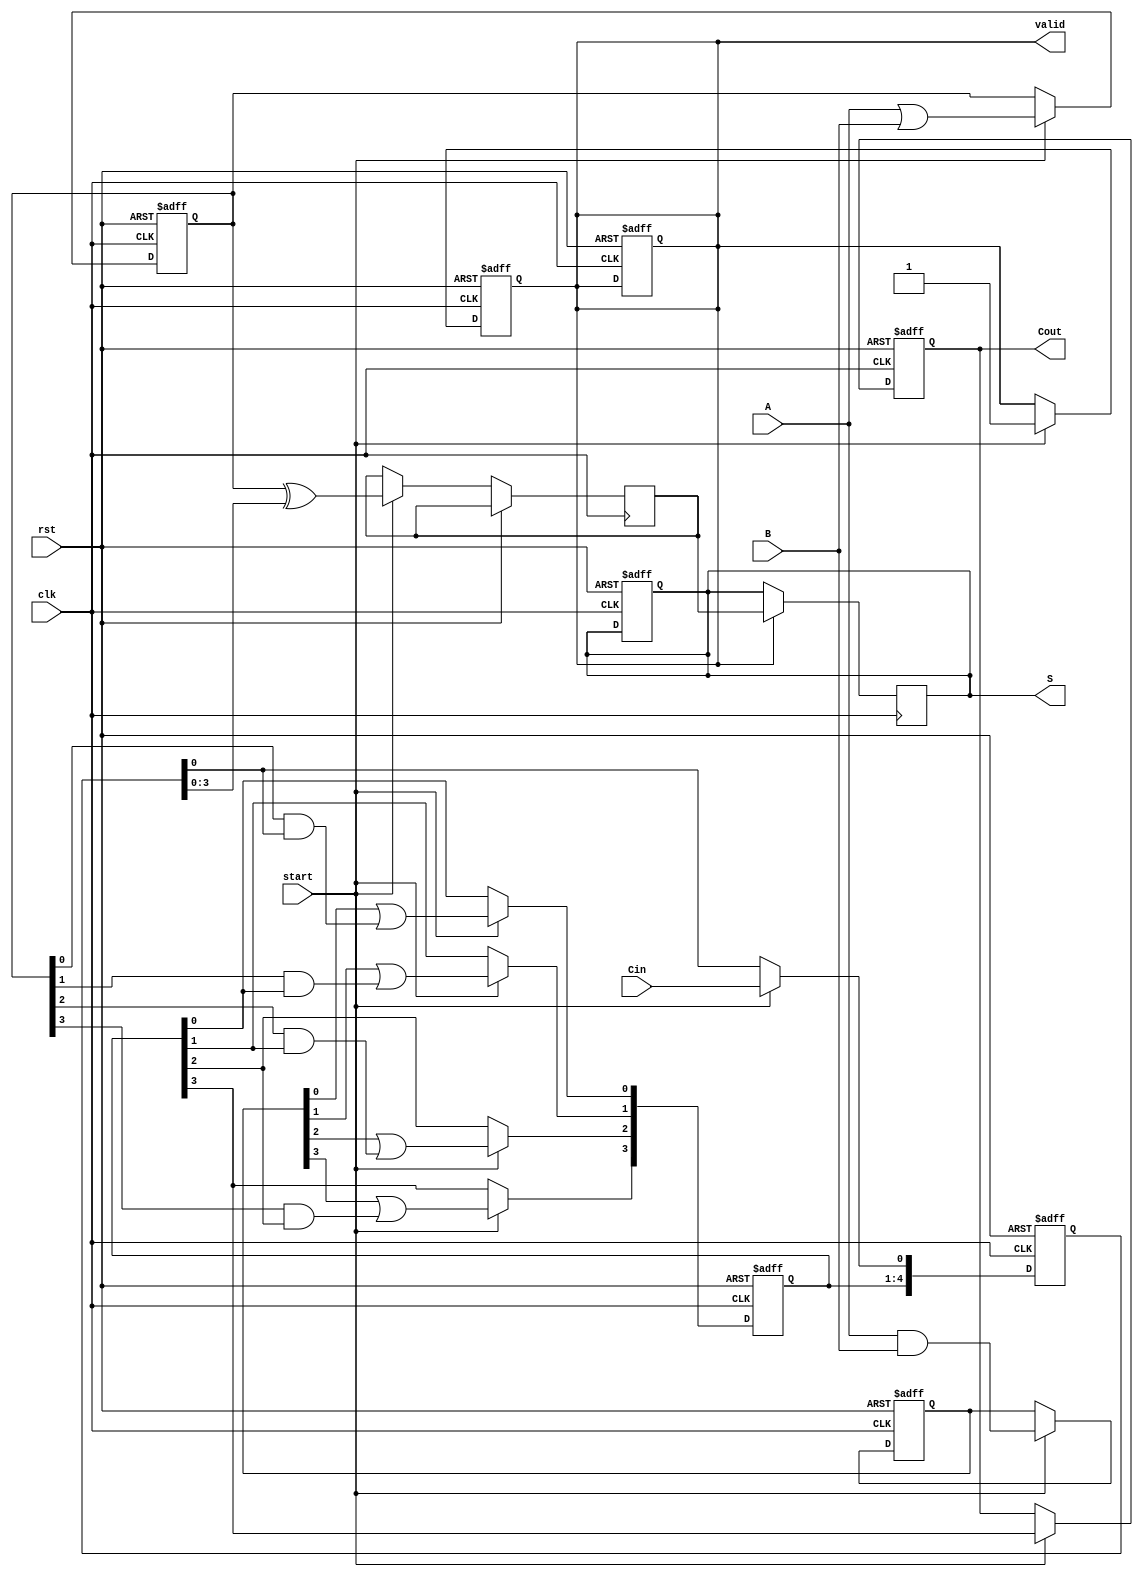
module PipelinedCLA #(parameter N = 4) (
    input wire clk,
    input wire rst,
    input wire [N-1:0] A,
    input wire [N-1:0] B,
    input wire Cin,
    input wire start,
    output reg [N-1:0] S,
    output reg Cout,
    output reg valid
);

    // Intermediate signals for pipeline stages
    reg [N-1:0] G, P; // Generate and Propagate signals
    reg [N:0] C;      // Carry signals
    reg [N-1:0] S_stage; // Sum stage output

    // Stage 1: Generate and Propagate Calculation
    always @(posedge clk or posedge rst) begin
        if (rst) begin
            G <= 0;
            P <= 0;
            C <= 0;
            valid <= 0;
        end else if (start) begin
            G <= A & B; // Generate: G[i] = A[i] & B[i]
            P <= A | B; // Propagate: P[i] = A[i] | B[i]
            C[0] <= Cin; // Initial carry-in
        end
    end

    // Stage 2: Carry Calculation
    always @(posedge clk or posedge rst) begin
        if (rst) begin
            C[1] <= 0;
            C[2] <= 0;
            C[3] <= 0;
            C[4] <= 0;
        end else if (start) begin
            // Carry calculation using lookahead logic
            C[1] <= G[0] | (P[0] & C[0]);
            C[2] <= G[1] | (P[1] & C[1]);
            C[3] <= G[2] | (P[2] & C[2]);
            C[4] <= G[3] | (P[3] & C[3]);
        end
    end

    // Stage 3: Sum Calculation
    always @(posedge clk or posedge rst) begin
        if (rst) begin
            S <= 0;
            Cout <= 0;
            valid <= 0;
        end else if (start) begin
            S_stage <= P ^ C[N-1:0]; // Sum: S[i] = P[i] ^ C[i]
            Cout <= C[N]; // Final carry-out
            valid <= 1; // Indicate output is valid
        end
    end

    // Final output assignment
    always @(posedge clk) begin
        if (valid) begin
            S <= S_stage; // Assign the computed sum
        end
    end

endmodule